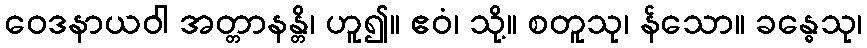
ဝေဒနာယဝါ အတ္တာနန္တိ၊ ဟူ၍။ ဧဝံ၊ သို့။ စတူသု၊ န်သော။ ခန္ဓေသု၊